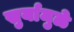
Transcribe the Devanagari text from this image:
सुर्यामुळे